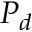
P _ { d }